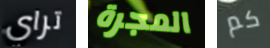
تراي المجرة كم